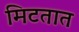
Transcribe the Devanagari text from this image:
मिटतात